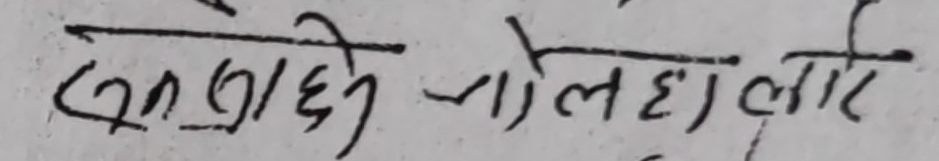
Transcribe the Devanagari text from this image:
सन्त्रासले जले हाली